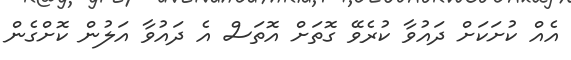
އެއް ކުށަކަށް ދައުވާ ކުރެވޭ ގޮތަށް އޮތަސް އެ ދައުވާ އަލުން ކޮށްގެން